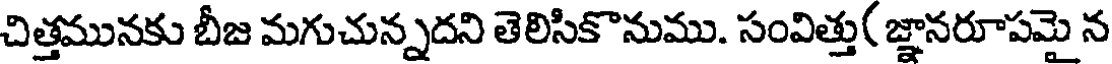
చిత్తమునకు బీజ మగుచున్నదని తెలిసికొనుము. సంవిత్తు( జ్ఞానరూపమై న